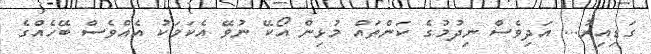
ގަޑިއިރު... އަދިވެސް ނިދުމުގެ ކަންތައް މުޅިން އޯކޭ ނުވޭ އެކަމަކު އެއްވެސް ބޭހެއްގެ